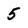
Character: 5